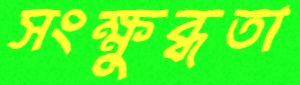
সংক্ষুব্ধতা